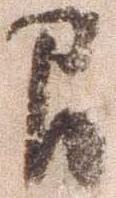
間